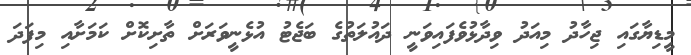
މީޑިޔާގައި ޖިހާދު މިއަދު ވިދާޅުވެފައިވަނީ ދައުލަތުގެ ބަޖެޓު އުޅެނީވަރަށް ތާށިކޮށް ކަމަށާއި މިފަދަ